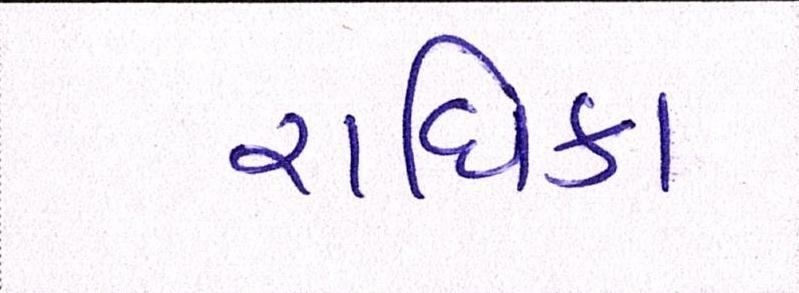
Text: રાધિકા